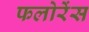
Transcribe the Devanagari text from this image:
फलोरेंस